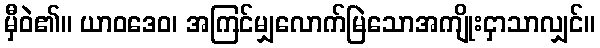
မှီဝဲ၏။ ယာဝဒေဝ၊ အကြင်မျှလောက်မြဲသောအကျိုးငှာသာလျှင်။